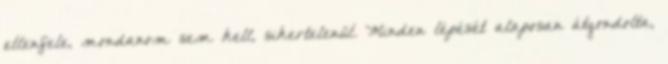
ellenfele, mondanom sem kell, sikertelenül. Minden lépését alaposan átgondolta,